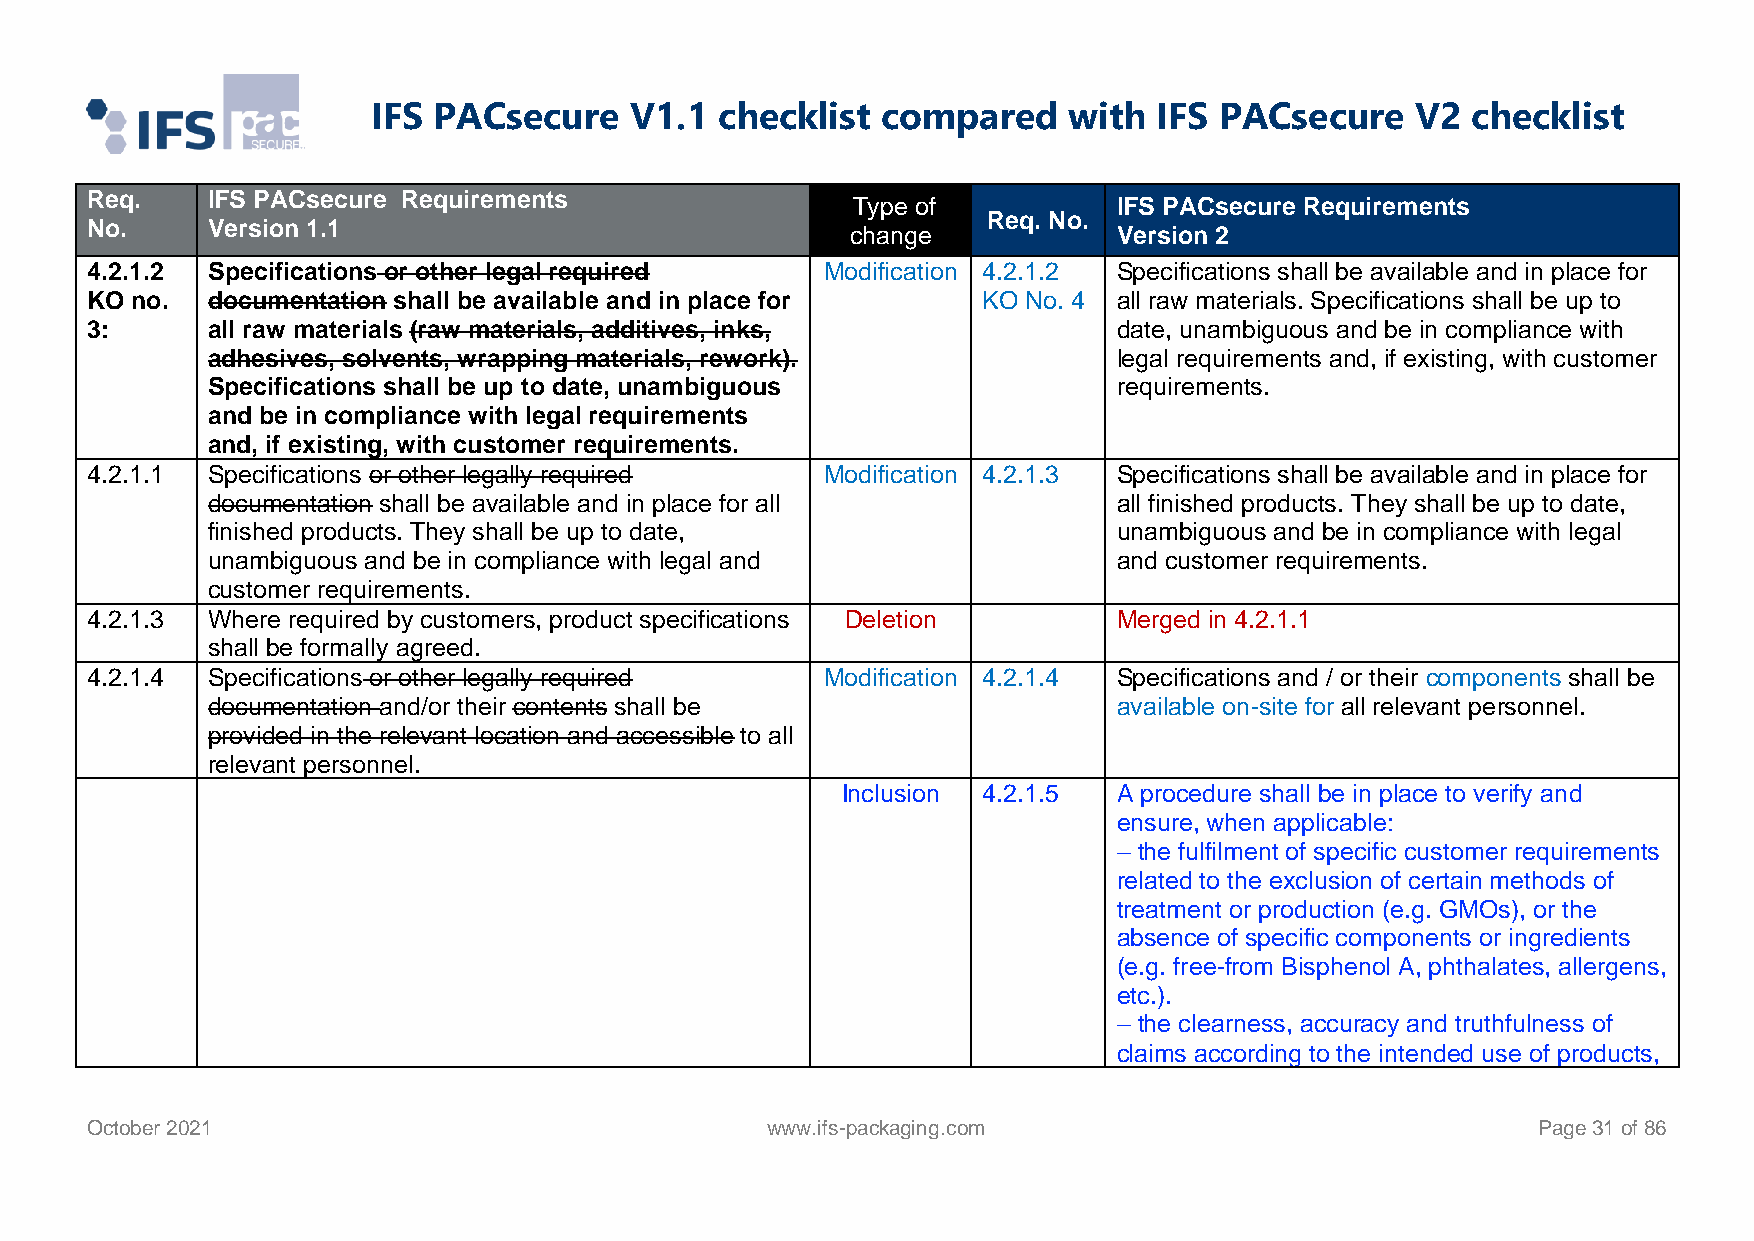
IFS PACsecure    V1.1  checklist compared     with  IFS PACsecure    V2 checklist
 Req.    IFS PACsecure Requirements
 Type of           IFS PACsecure Requirements
 Req. No.
 No.     Version 1.1                               change            Version 2
 4.2.1.2 Specifications or other legal required   Modification 4.2.1.2 Specifications shall be available and in place for
 KO no.  documentation shall be available and in place for  KO No. 4 all raw materials. Specifications shall be up to
 3:      all raw materials (raw materials, additives, inks,          date, unambiguous and be in compliance with
 adhesives, solvents, wrapping materials, rework).           legal requirements and, if existing, with customer
 Specifications shall be up to date, unambiguous             requirements.
 and be in compliance with legal requirements
 and, if existing, with customer requirements.
 4.2.1.1 Specifications or other legally required Modification 4.2.1.3 Specifications shall be available and in place for
 documentation shall be available and in place for all       all finished products. They shall be up to date,
 finished products. They shall be up to date,                unambiguous and be in compliance with legal
 unambiguous and be in compliance with legal and             and customer requirements.
 customer requirements.
 4.2.1.3 Where required by customers, product specifications Deletion Merged in 4.2.1.1
 shall be formally agreed.
 4.2.1.4 Specifications or other legally required Modification 4.2.1.4 Specifications and / or their components shall be
 documentation and/or their contents shall be                available on-site for all relevant personnel.
 provided in the relevant location and accessible to all
 relevant personnel.
 Inclusion 4.2.1.5 A procedure shall be in place to verify and
 ensure, when applicable:
 – the fulfilment of specific customer requirements
 related to the exclusion of certain methods of
 treatment or production (e.g. GMOs), or the
 absence of specific components or ingredients
 (e.g. free-from Bisphenol A, phthalates, allergens,
 etc.).
 – the clearness, accuracy and truthfulness of
 claims according to the intended use of products,
 October 2021                                 www.ifs-packaging.com                              Page 31 of 86